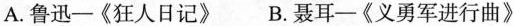
A.鲁迅-《狂人日记》 B.聂耳-《义勇军进行曲》